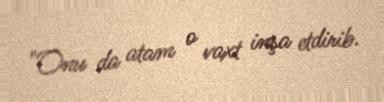
"Onu da atam o vaxt inşa etdirib.